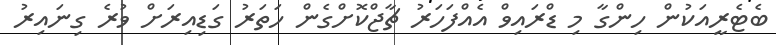
ބެޓެރީއަކުން ހިންގާ މި ޑްރައިވް އެއްފަހަރު ޗާޖްކޮށްގެން ހަތަރު ގަޑިއިރަށް ވުރެ ގިނައިރު